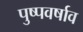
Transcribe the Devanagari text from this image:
पुष्पवर्षाव